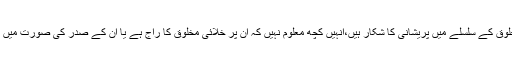
امریکی عوام آج بھی خلائی مخلوق کے سلسلے میں پریشانی کا شکار ہیں،انہیں کچھ معلوم نہیں کہ ان پر خلائی مخلوق کا راج ہے یا ان کے صدر کی صورت میں کوئی انسان ہی ان کا حاکم ہے۔